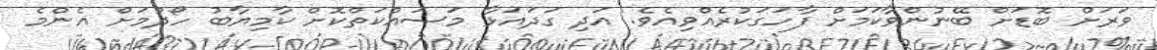
ވަރަށް ބޮޑަށް ބޭނުންވާކަމަށް ފާހަގަކުރެއްވިއެވެ. އަދި ގަދައަޅާ މަސައްކަތްކޮށް ކާމިޔާބު ހޯދުމަށް އެންމެ